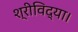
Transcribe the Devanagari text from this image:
श्रीविद्या।